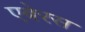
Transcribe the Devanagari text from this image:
एबेरस